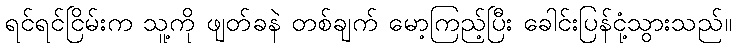
ရင်ရင်ငြိမ်းက သူ့ကို ဖျတ်ခနဲ တစ်ချက် မော့ကြည့်ပြီး ခေါင်းပြန်ငုံ့သွားသည်။